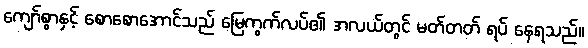
ကျော်စွာနှင့် စောစောအောင်သည် မြေကွက်လပ်၏ အလယ်တွင် မတ်တတ် ရပ် နေရသည်။